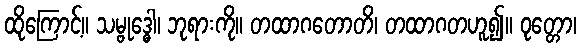
ထိုကြောင့်။ သမ္ဗုဒ္ဓေါ၊ ဘုရားကို။ တထာဂတောတိ၊ တထာဂတဟူ၍။ ဝုတ္တော၊